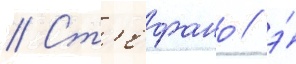
// Ст'ефано / э́